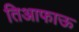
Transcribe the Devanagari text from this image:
तिआफाऊ